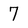
Character: 7